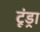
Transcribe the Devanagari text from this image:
टूंड्रा